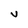
Character: V